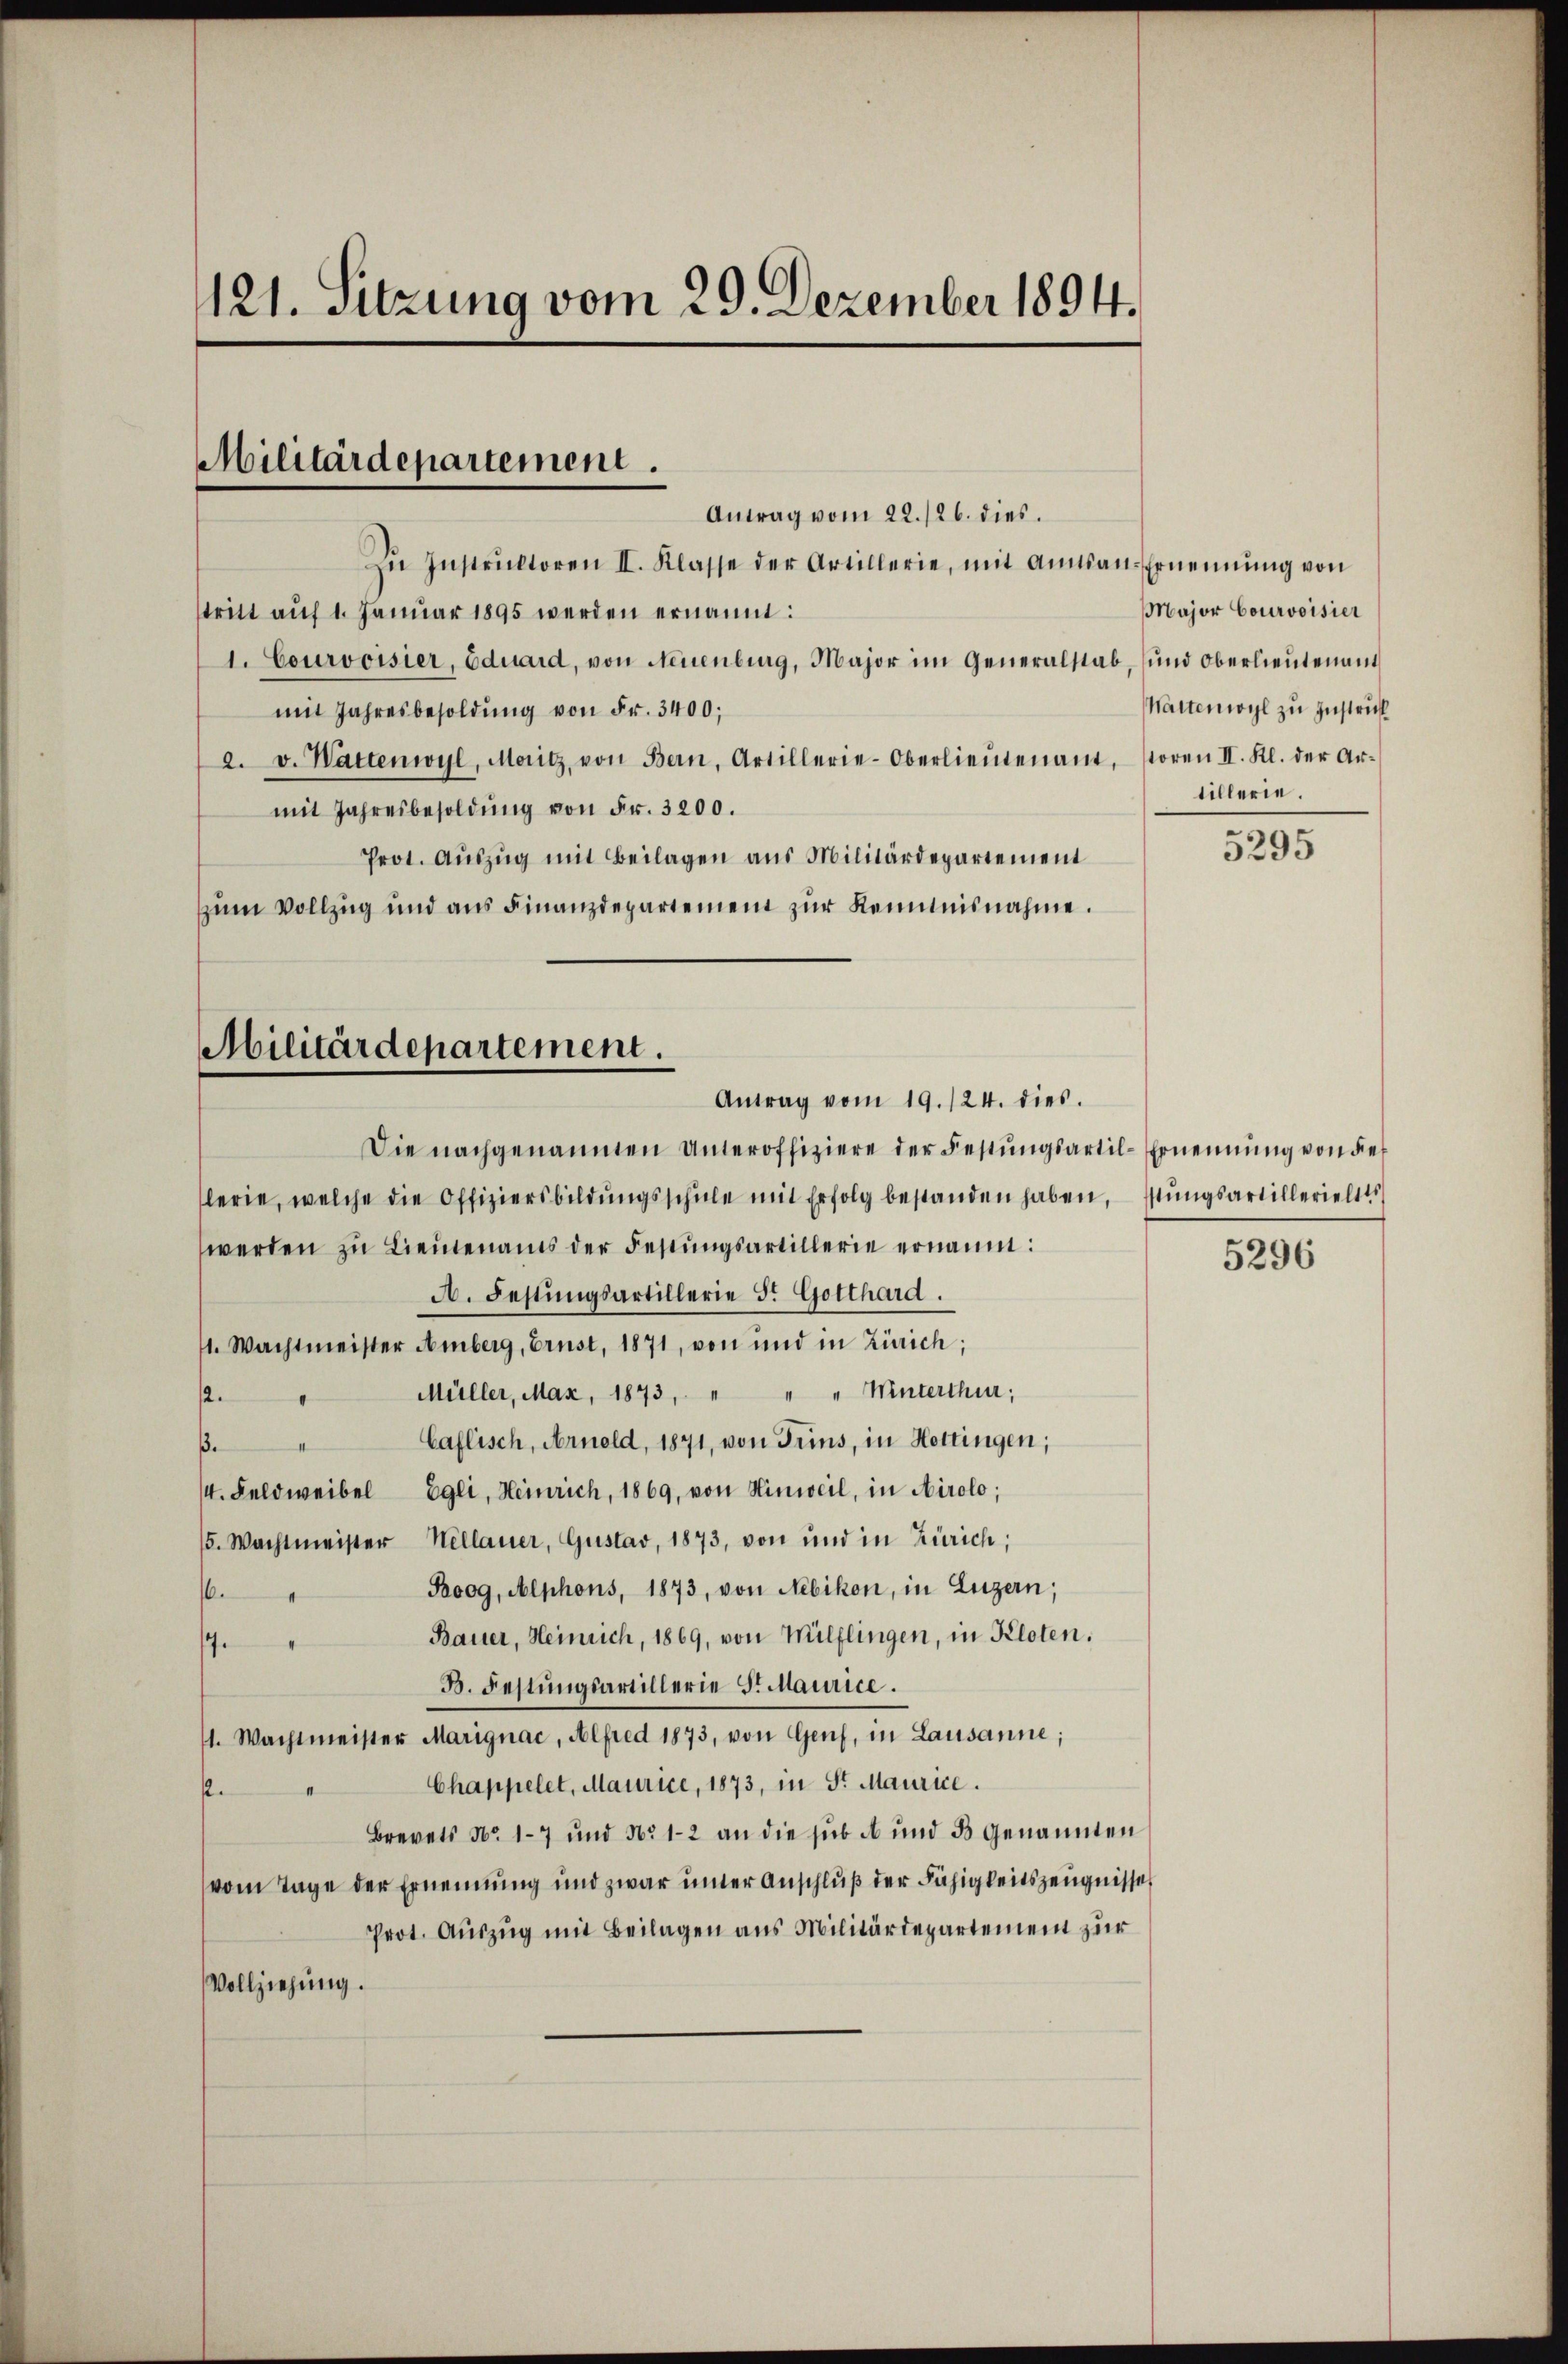
121. Sitzung vom 29. Dezember 1894.

Militärdepartement.
Antrag vom 22./26. dies

Zŭ Instrŭktoren II. Klasse der Artillerie, mit Amtsan-Ernennung von
stritt auf 1. Januar 1895 werden ernannt:
1. Courvoisier, Eduard, von Neuenburg, Major im Generalstab, und Oberlieutenant
mit Jahresbesoldung von Fr. 3400;
a. v. Wattenwyl, Moritz, von Bern, Artillerie-Oberlieutenamt,
mit Jahresbesoldung von Fr. 3200.
Prot. Auszug mit Beilagen aus Militärdepartement
zum Vollzug und aus Finanzdepartement zur Kenntnisnahme.
Militärdepartement.

Antrag vom 19./24. dies.

Die nachgenannten Unteroffiziere der Festungsartil-Ernennung von der
lerie, welche die Offiziersbildŭngsschŭle mit Erfolg bestanden haben, stŭngsartillerielles
werden zu Lieutenaus der Festungsartillerie ernannt:
A. Festungsartillerie 3. Gotthard.
11. Wachtmeister Amberg, Brust, 1871, von und in Zürich;
Müller, Max, 1873, " " " Winterthur;
12.
Caflisch, Arnold, 1871, von Trins, in Hottingen;
ße
/4. Feldweibel Egli, Heinrich, 1869, von Hinweil, in Airolo,
5. Wachtmeister Hellauer, Gustav, 1873, von und in Zürich,
Boog, Alphons, 1873, von Nebikon, in Luzern;
6.
Bauer, Heinrich, 1869, von Wülflingen, in Kloten.
.
B. Festungsartillerie St. Maurice.
11. Wachtmeister Marignac, Alfred 1873, von Genf, in Lausanne;
Chappelet, Maurice, 1873, in St. Maurice.
II
f
Brevets No. 1–7 und No 1-2 an die sub ab und 3 genannten
vom Tage der Ernennung und zwar unter Anschluß der Fähigkeitszeugnisses
Prot. Auszug mit Beilagen aus Militärdepartement zur
Vollziehung.

Major Courvoisier
Wartenwyl zu zustrick
soren II. Kl. der Artillerie.

5295

5296